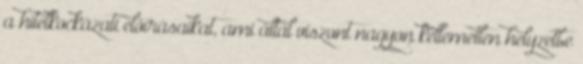
a hitelkockázati előírásaikat, ami által viszont nagyon kellemetlen helyzetbe